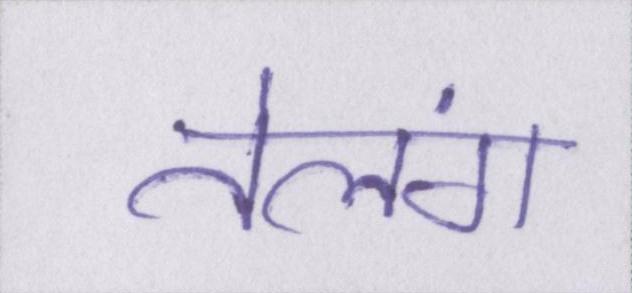
तेलंग